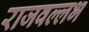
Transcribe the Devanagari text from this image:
राजवल्‍लभ